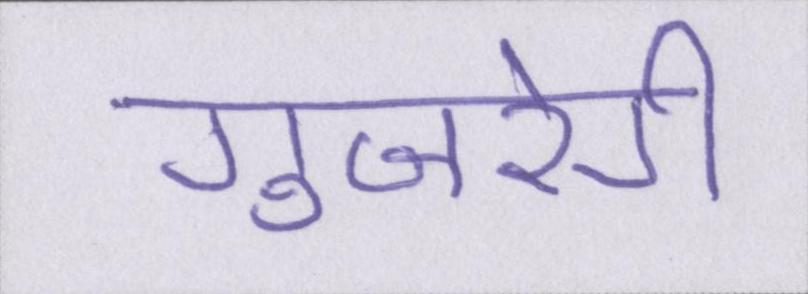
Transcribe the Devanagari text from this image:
गुजरेगी